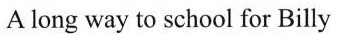
A long way to school for Billy